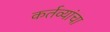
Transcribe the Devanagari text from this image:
कर्तव्यांचा